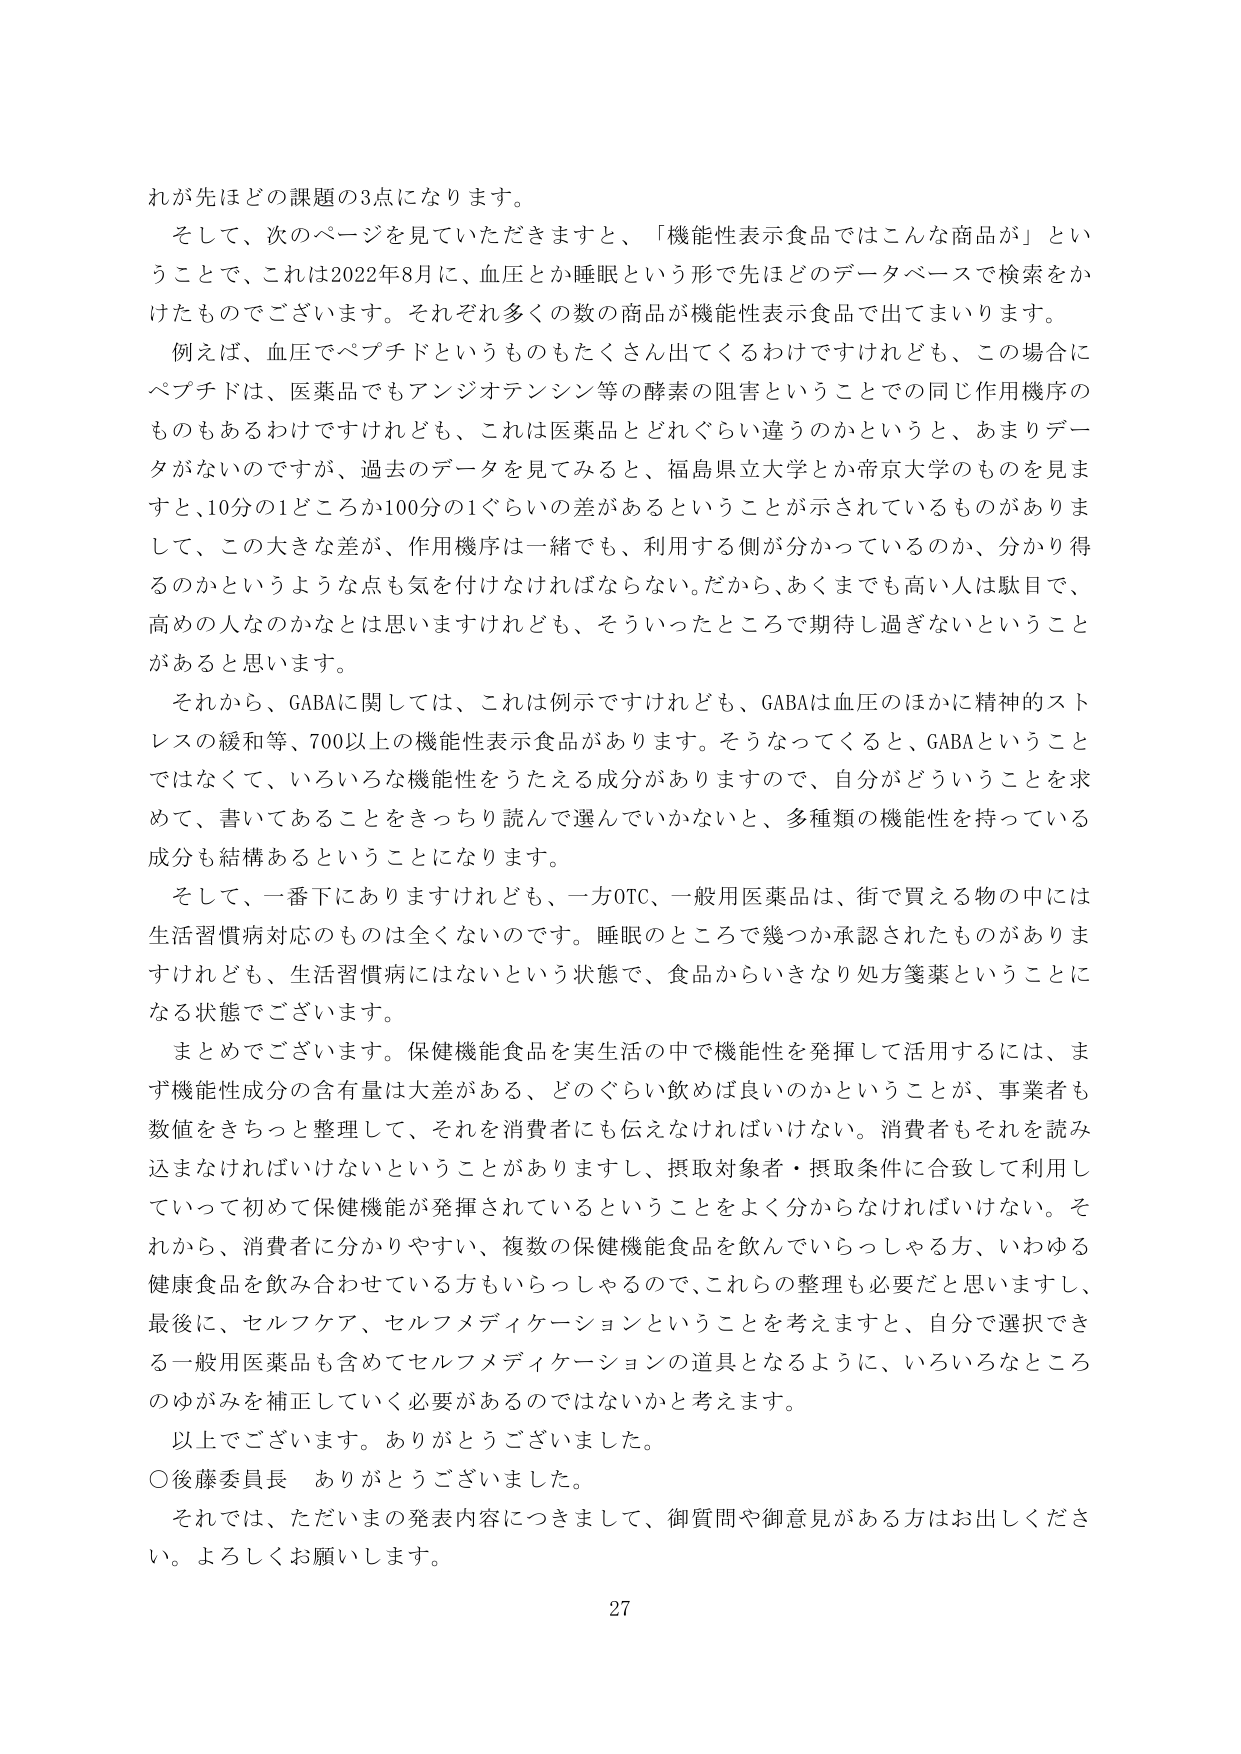
れが先ほどの課題の3点になります。

そして、次のページを見ていただきますと、「機能性表示食品ではこんな商品が」ということで、これは2022年8月に、血圧とか睡眠という形で先ほどのデータベースで検索をかけたものでございます。それぞれ多くの数の商品が機能性表示食品で出てまいります。

例えば、血圧でペプチドというのもたくさん出てくるわけですがけれども、この場合にペプチドは、医薬品でもアンジオテンシン等の酵素の阻害ということで同じ作用機序のものもあるわけですがけれども、これは医薬品とどれぐらい違うのかというと、あまりデータがないのですが、過去のデータを見てみると、福島県立大学とか帝京大学のものを見ますと、10分の1どころか100分の1ぐらいの差があるということが示されているものがありまして、この大きな差が、作用機序は一緒でも、利用する側が分かっているのか、分かり得るのかというような点も気を付けなければならない。だから、あくまでも高い人は駄目で、高めの人なのかなとは思いますけれども、そういったところで期待し過ぎないということがあると思います。

それから、GABAに関しては、これは例示ですけれども、GABAは血圧のほかに精神的ストレスの緩和等、700以上の機能性表示食品があります。そうなってくると、GABAということではなくて、いろいろな機能性をうたえる成分がありますので、自分がどういうことを求めて、書いてあることをきっちり読んで選んでいかないと、多種類の機能性を持っている成分も結構あるということになります。

そして、一番下にありますけれども、一方OTC、一般用医薬品は、街で買える物の中には生活習慣病対応のものは全くないのです。睡眠のところで幾つか承認されたものがありますけれども、生活習慣病にはないという状態で、食品からいきなり処方箋薬ということになる状態でございます。

まとめでございます。保健機能食品を実生活の中で機能性を発揮して活用するには、まず機能性成分の含有量は大差がある、どのぐらい飲めば良いのかということが、事業者も数値をきちっと整理して、それを消費者にも伝えなければいけない。消費者もそれを読み込まなければならないということがありますし、摂取対象者・摂取条件に合致して利用していって初めて保健機能が発揮されているということをよく分からなければいけない。それから、消費者に分かりやすい、複数の保健機能食品を飲んでいらっしゃる方、いわゆる健康食品を飲み合わせている方もいらっしゃるので、これらの整理も必要だと思いますし、最後に、セルフケア、セルフメディケーションということを考えますと、自分で選択できる一般用医薬品も含めてセルフメディケーションの道具となるように、いろいろなところのゆがみを補正していく必要があるのではないかと考えます。

以上でございます。ありがとうございました。

○後藤委員長　ありがとうございました。

それでは、ただいまの発表内容につきまして、御質問や御意見がある方はお出しください。よろしくお願いします。

27